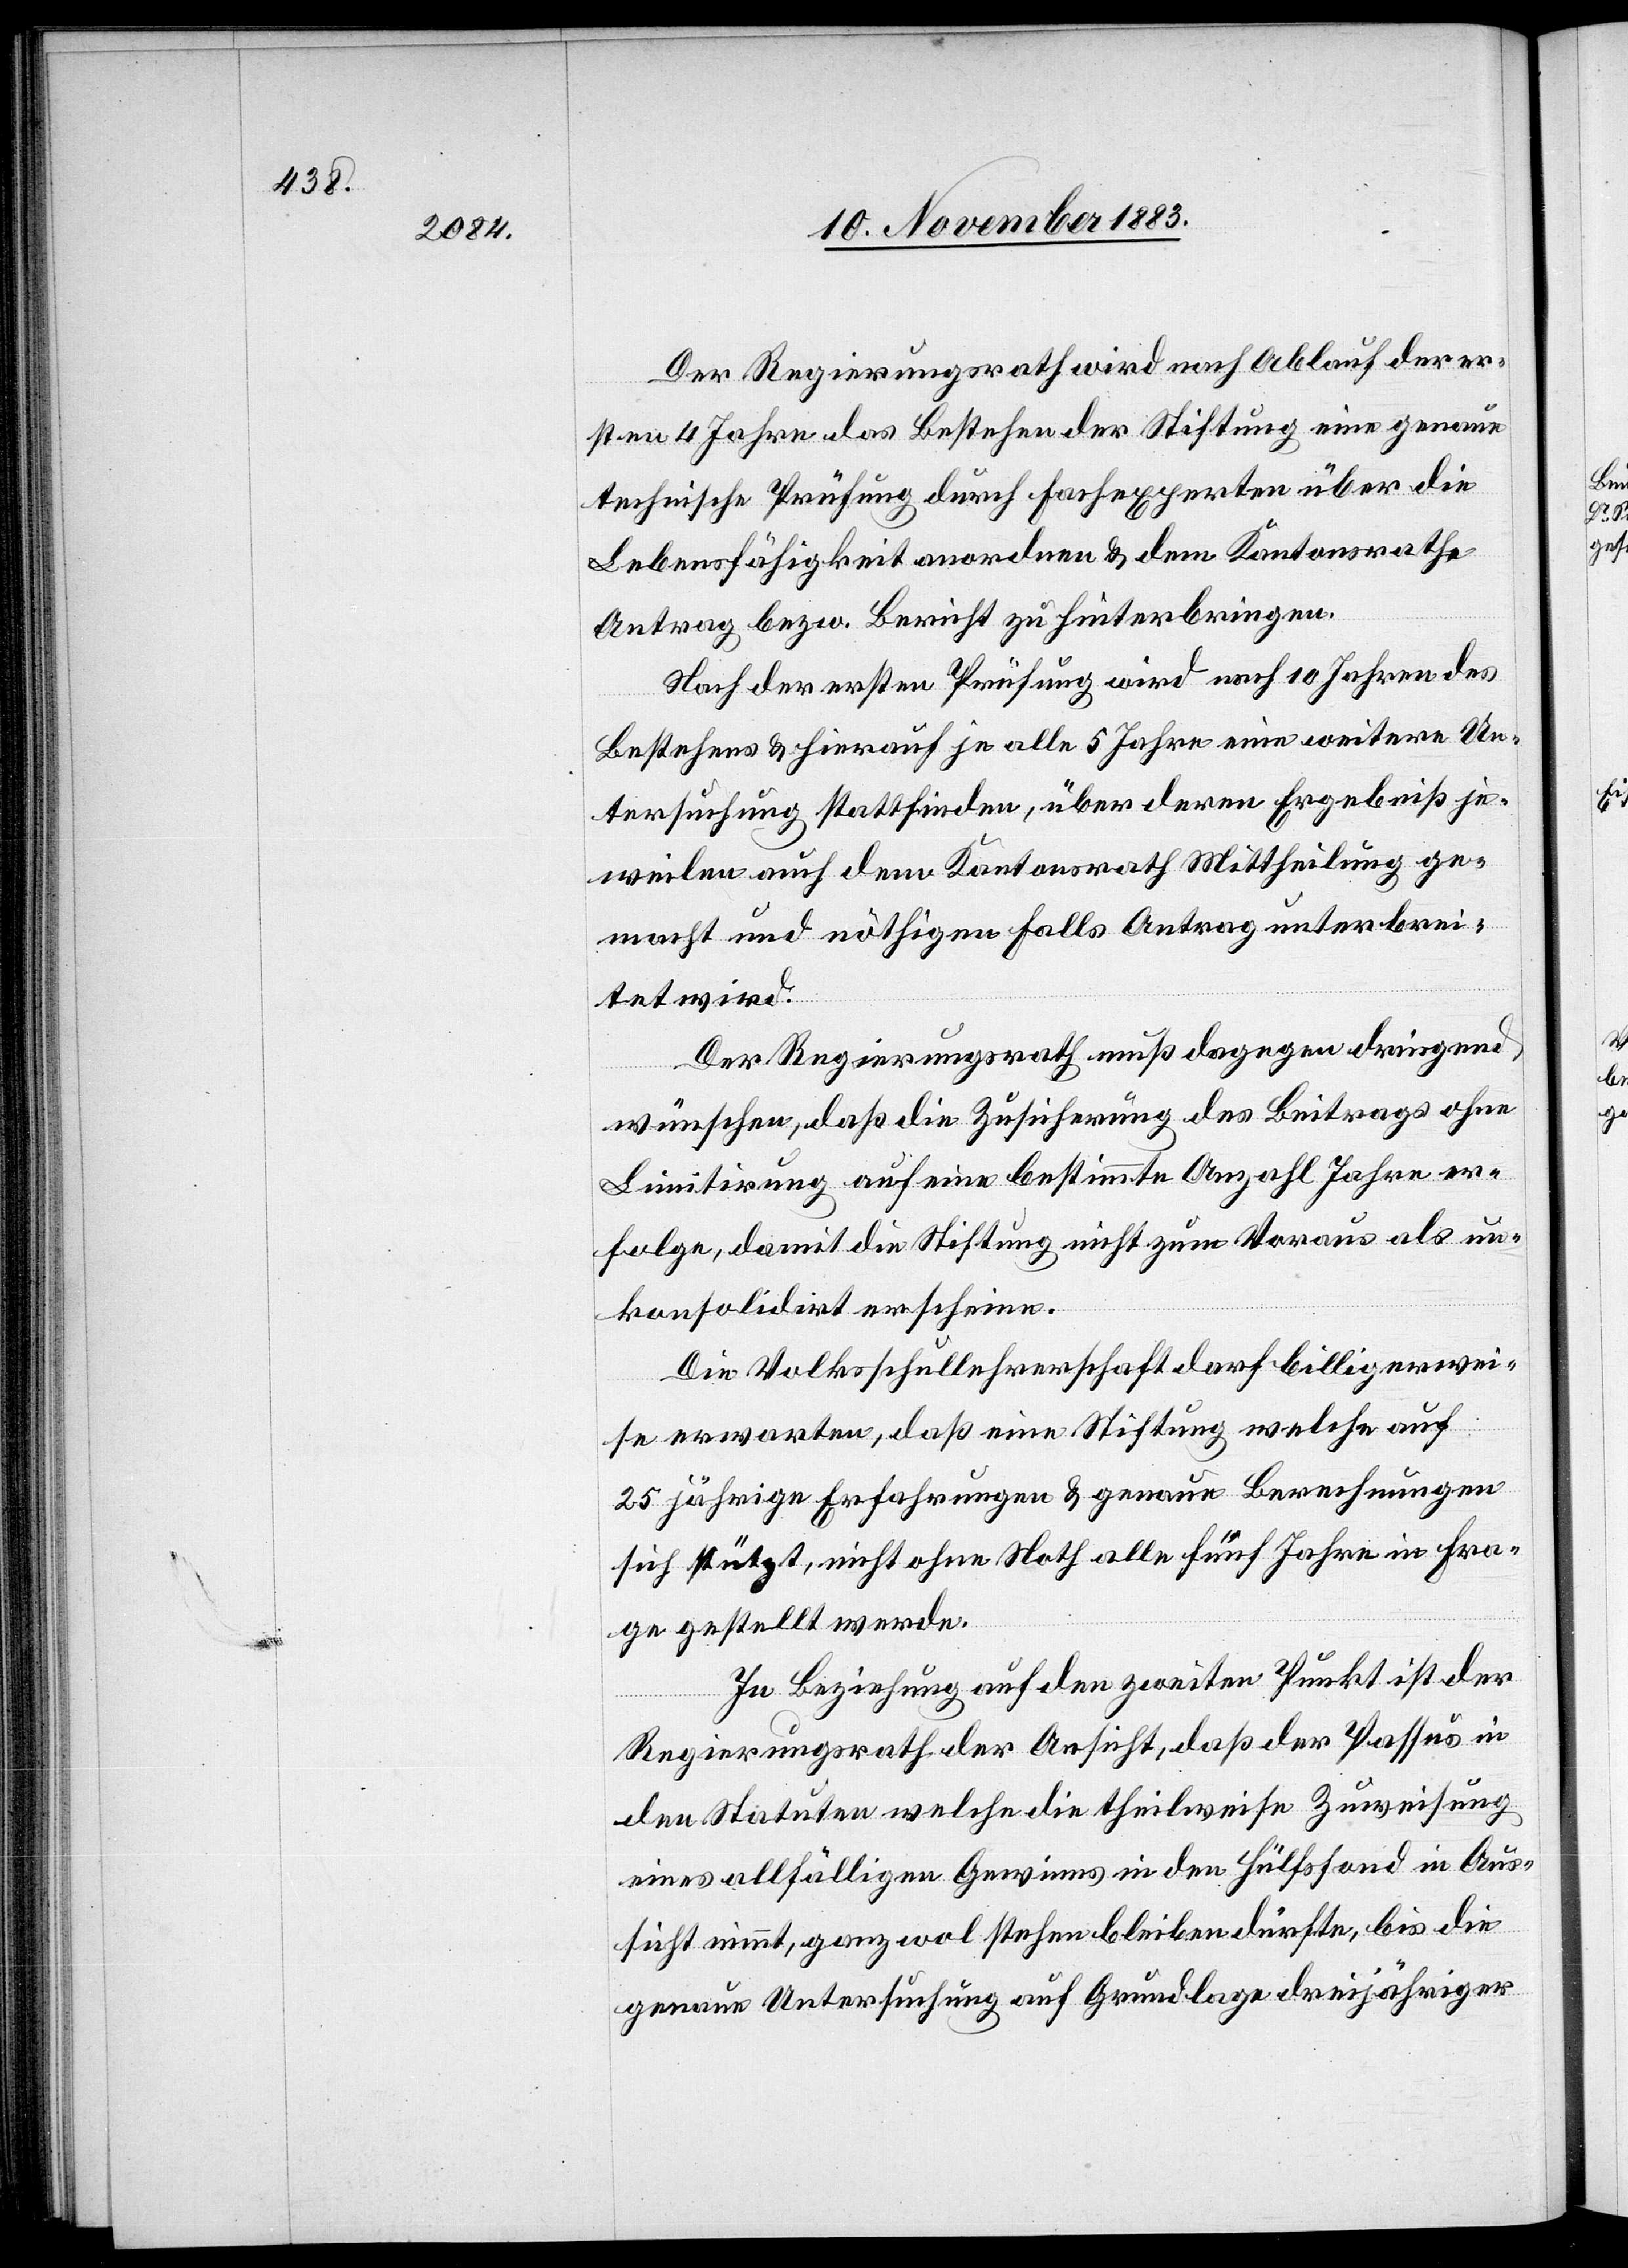
Der Regierungsrath wird nach Ablauf der er¬
sten 4 Jahre das Bestehen [recte: des Bestehens] der
technische Prüfung durch Fachexperten über die
Lebensfähigkeit anordnen & dem Kantonsrathe
Antrag bezw. Bericht zu [sic!] hinterbringen.
Nach der ersten Prüfung wird nach 10 Jahren des
Bestehens & hierauf je alle 5 Jahre eine weitere Un¬
tersuchung stattfinden, über deren Ergebniß je¬
weilen auch dem Kantonsrath Mittheilung ge¬
macht und nöthigen Falls Antrag unterbrei¬
tet wird.
Der Regierungsrath muß dagegen dringend
aue
wünschen, daß die Zusicherung des Beitrags ohne
Limitirung auf eine bestimmte Anzahl Jahre er¬
folge, damit die Stiftung nicht zum Voraus als un¬
konsolidirt erscheine.
Die Volksschullehrerschaft darf billigerwei¬
se erwarten, daß eine Stiftung welche auf
26 jährige Erfahrung & genaue Berechnungen
sich stützt, nicht ohne Noth alle fünf Jahre in Fra¬
ge gestellt werde.
In Beziehung auf den zweiten Punkt ist der
Regierungsrath der Ansicht, daß der Passus in
den Statuten welche[r] die theilweise Zuweisung
eines allfälligen Gewinns in den Hülfsfond in Aus¬
sicht nimmt, ganz wol stehen bleiben dürfte, bis die
genaue Untersuchung auf Grundlage dreijähriger